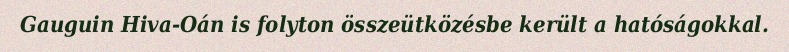
Gauguin Hiva-Oán is folyton összeütközésbe került a hatóságokkal.